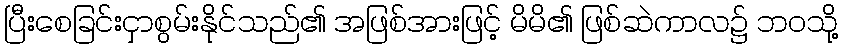
ပြီးစေခြင်းငှာစွမ်းနိုင်သည်၏ အဖြစ်အားဖြင့် မိမိ၏ ဖြစ်ဆဲကာလ၌ ဘဝသို့